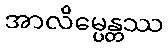
အာလိမ္ပေန္တဿ